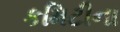
કમિટીના